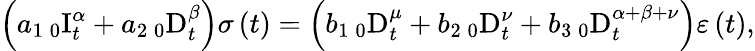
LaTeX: \left(a_{1}\, _{0}\mathrm{I}_{t}^{\alpha}+a_{2}\, _{0}\mathrm{D}_{t}^{\beta}\right)\sigma\left(t\right)=\left(b_{1}\, _{0}\mathrm{D}_{t}^{\mu}+b_{2}\, _{0}\mathrm{D}_{t}^{\nu}+b_{3}\, _{0}\mathrm{D}_{t}^{\alpha+\beta+\nu}\right)\varepsilon\left(t\right),